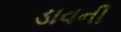
ડાવની